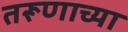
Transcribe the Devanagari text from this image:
तरूणाच्या